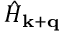
{ \hat { H } } _ { \mathbf { k } + \mathbf { q } }